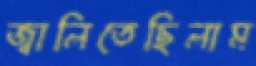
জ্বালিতেছিলাম